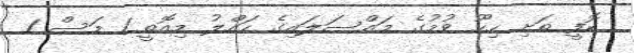
ކޮފީ ތަށި ހިހޫ ވުމުގެ މައްސަލައިގެ ހައްލު މިއޮތީ 1 މަސް 1